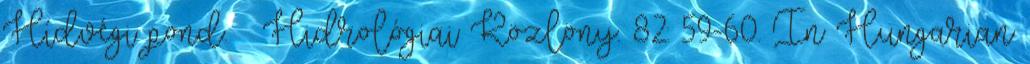
Hídvégi pond. – Hidrológiai Közlöny. 82: 59-60. In Hungarian